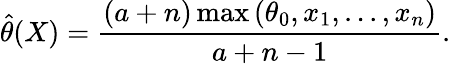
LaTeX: {\widehat{\theta}}(X)={\frac{(a+n)\operatorname*{max}{(\theta_{0},x_{1},...,x_{n})}}{a+n-1}}.